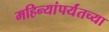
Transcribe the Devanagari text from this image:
महिन्यांपर्यंतच्या